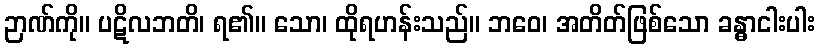
ဉာဏ်ကို။ ပဋိလဘတိ၊ ရ၏။ သော၊ ထိုရဟန်းသည်။ ဘဝေ၊ အတိတ်ဖြစ်သော ခန္ဓာငါးပါး